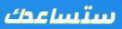
ستساعدك